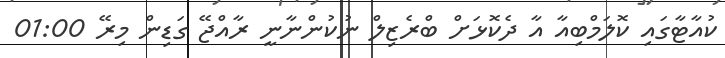
ކުއާޓާގައި ކޮލަމްބިއާ އާ ދެކޮޅަށް ބްރެޒިލް ނުކުންނާނީ ރާއްޖޭ ގަޑިން މިރޭ 01:00